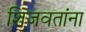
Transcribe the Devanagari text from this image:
शिजवतांना